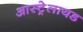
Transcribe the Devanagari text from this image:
आस्ट्रेलायड